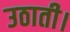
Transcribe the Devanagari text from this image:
उठाती।